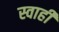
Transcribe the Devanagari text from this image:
स्वाही